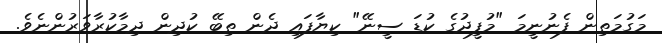
މަގުމަތިން ފެނުނީމަ "މުފީދުގެ ކުޑަ ސީނޭ" ކިޔާފައި ދެން ތިބޭ ކުދިން ދިމާކުރާވަރުންނެވެ.